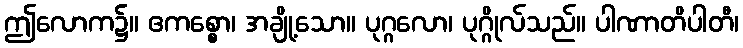
ဤလောက၌။ ဧကစ္စော၊ အချို့သော။ ပုဂ္ဂလော၊ ပုဂ္ဂိုလ်သည်။ ပါဏာတိပါတီ၊